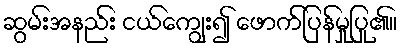
ဆွမ်းအနည်း ငယ်ကျွေး၍ ဖောက်ပြန်မှုပြု၏။